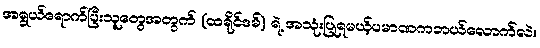
အရွယ်ရောက်ပြီးသူတွေအတွက် (ထရိုင်ဒမ်) ရဲ့ အသုံးပြုရမယ့်ပမာဏကဘယ်လောက်လဲ။